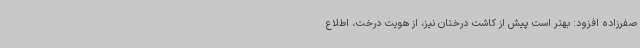
صفرزاده افزود: بهتر است پیش از کاشت درختان نیز، از هویت درخت، اطلاع